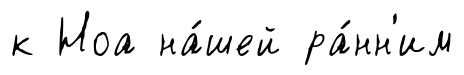
к Ноа на́шей ра́нн'им